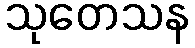
သုတေသန